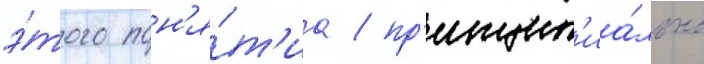
э́того пон'я́т'иа / пр'инцип'иа́льно